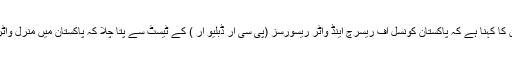
ایک روپے میں ایک لٹر پانی فراہم کرنے کے منصوبے کے بارے میں ان کا کہنا ہے کہ پاکستان کونسل آف ریسرچ اینڈ واٹر ریسورسز (پی سی آر ڈبلیو آر ) کے ٹیسٹ سے پتا چلا کہ پاکستان میں منرل واٹر بنانے والی 83 فیصد کمپنیاں پینے کا غیرمحفوظ پانی فراہم کر رہی ہیں۔